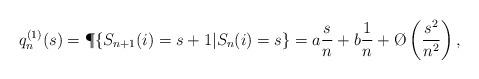
LaTeX: \begin{align*} q_n^{(1)}(s)=\P\{S_{n+1}(i)=s+1|S_n(i)=s\}=a\frac{s}{n}+b\frac{1}{n}+\O\left(\frac{s^2}{n^2}\right),\end{align*}